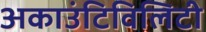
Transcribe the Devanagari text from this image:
अकाउंटिविलिटी